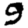
Digit: 9